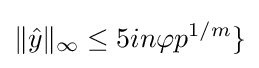
\lVert {\hat {y}}\rVert _{\infty }\leq 5in\varphi p^{1/m}\rbrace